Vital statistics of India. Vol. VI, European troops 1870-79
Year: 1870
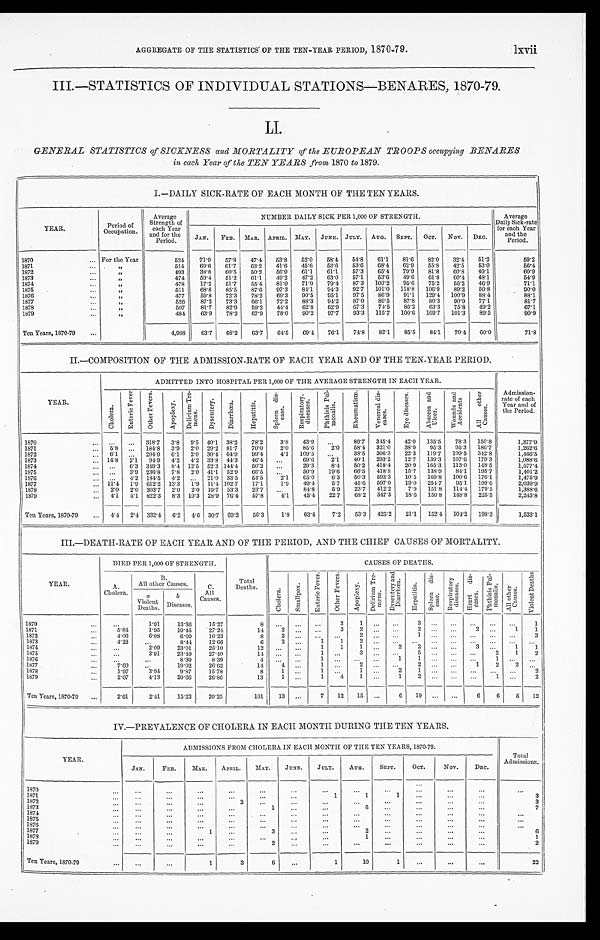
AGGREGATE OF THE STATISTICS OF THE TEN-YEAR PERIOD, 1870-79.
lxvii
III.—STATISTICS OF INDIVIDUAL STATIONS—BENARES, 1870-79.
LI.
GENERAL STATISTICS of SICKNESS and MORTALITY of the EUROPEAN TROOPS occupying BENARES
in each Year of the TEN YEARS from 1870 to 1879.
I.—DAILY SICK-RATE OF EACH MONTH OF THE TEN YEARS.
YEAR.
Period of
Occupation.
Average
Strength of
each Year a n d f o r t h e
Period.
NUMBER DAILY SICK PER 1,000 OF STRENGTH.
Average
Daily Sick-rate
f o r e a c h Y e a r
and the
Period.
JAN. FEB. MAR. APRIL. MAY.
JUNE. JULY. AUG. SEPT. OCT. NOV. DEC.
1870
... For the Year
524
71.9 57.8 47.4 53.8 52. 0
58.4 54.8 61.1 81.6 82. 0
32. 4
51.2
59.2
1871
...
„
514
69.6 61.7
63.2 41.6 45.6 53.6 53.6 68.4 62. 9
55.8 42.5
53.0
56.4
1872
. . . „
493
3 8 . 8
60.5 50.2 56. 9
61.1 61.1 57.3 65.4 79.9
81.8 60.8 49.1
60. 9
1873
...
„
474
59.4 51.2 61.1 49. 2
47.2 63. 0
57.1
53.6 49.6 61.8 60.4 48.1
54.9
1874
. . .
„
478
17.2 51.7
55.4 81.0 71.0 79. 4
87.3 103.2 95.6 75.2 56.2 46. 9
71.1
1875
. . .
„
511
68.8 85.5 87.6 97.3 84.1 94.3 92. 7
101.0 118.8 106.9
89.2 50.8
90.0
1876
...
„
477
59.8 72.3 78.2 69.3 90.5 95.1 97.5 86.9 91.1 129. 4
100.9 88.4
88.1
1877
...
„
526
87.2 73.3 66.1 72.2 88.3 94. 2
87.0 89.5 87.8 80.3 90.9 77.1
81.7
1878
...
„
507
81.7 82.9 59.2 44. 4
62. 8
62. 9
67.3 74. 5
86.2 63.3 75.8 49.2
67.1
1879
...
„
484
63.9 78.2 67.9 78.0
9 0 . 2
97.7 93.3 115.7 100.6 109.7
101.3 89.5
90.9
Ten Years, 1870-79
...
4,988
63.7 68.2 63.7 64. 5
69. 4
76.1 74. 8
82.1
85.5
84.1 70. 4
60.0
71.8
II.—COMPOSITION OF THE ADMISSION-RATE OF EACH YEAR AND OF THE TEN-YEAR PERIOD.
YEAR.
ADMITTED INTO HOSPITAL PER 1,000 OF THE AVERAGE STRENGTH IN EACH YEAR.
C h o l e r a .
E n t e r i c F e v e r
O t h e r F e v e r s .
A p o p l e x y .
D e l i r i u m T r e -
m e n s .
D y s e n t e r y .
D i a r r h œ a .
H e p a t i t i s .
S p l e e n d i s -
e a s e .
R e s p i r a t o r y .
d i s e a s e s .
P h t h i s i s P u l -
m o n a l i s .
R h e u m a t i s m . V e n e r e a l d i s -
e a s e s .
E y e d i s e a s e s . A b s c e s s a n d
U l c e r .
W o u n d s a n d
A c c i d e n t s
A l l o t h e r
C a u s e s . Admission-
rate of each
Year and of
the Period.
1870
... ... ... 318.7 3.8 9.5 40.1 38.2 78.2
3.8 43.9 ...
89. 7
345. 4
42. 0
135.5 78.3 150.8
1,377.9
1871
... 5.8
. . . 184.8 3.9 2.0 29.2 81.7 70. 0
2.0
85.6
2. 0
58.4 321.0 38.9
9 5 . 3
95.3 186.7
1,262.6
1872
... 6.1 . . . 204.9
6.1 2. 0 30.4 64. 9
99.4
4.1 109.5 . . .
38. 5
306. 3
22.3 119.7 109.5 342.8
1,466.5
1873
... 14. 8
2.1 94.9 4.2 4. 2 33.8 44. 3
46. 4
...
69.6
2.1
40.1 293.2 12.7 139.3 107.6 179.3
1,088.6
1 8 7 4
... ...
6.3 349.3 8. 4 12.5 52.3 144. 4
50.2 ...
29.3
8. 4
50. 2
418. 4
20.9 165.3 113.0 148.5
1,577.4
1875
... ...
3.9 236.8 7.8 2.0 41.1 52. 9
66.5
. . . 50.9 19.6 66.5 418.8 15.7 138.9 84.1 195.7
1,401.2
1876
. . .
. . .
4 . 2 184.5 4.2 . . . 21.0 33.5 54.5
2.1
6 5 . 0
6.3
50. 3
593.3 10.5 169.8 100.6 176.1
1,475.9
1877
... 11.4 1.9 612.2 13.3 1.9 11.4 102.7 17.1
1.9
4 9 . 4
5.7
45.6 597.0 19.0 254.7 95.1 199.6
2,039.9
1878
. . .
2. 0
2. 0 303.7 2. 0
2. 0 19.7 53.3 23.7 ...
84.8
5.9 23.7 412.2
7.9 151.8 114.4 179.5
1,388.6
1879
... 4. 1
4.1 822.3
8.3 10.3 28.9 76. 4
57.8
4.1
45.4 22.7
6 8 . 2 547.5 18.6 150.8
148.8 225.5
2,243.8
Ten Years, 1870-79
... 4. 4
2.4 332.4
6. 2
4. 6 30. 7 69.2 56.3
1.8
63.4
7.2 53.3 425.2 21.1 152.4
104.2 198.3
1,533.1
III.—DEATH-RATE OF EACH YEAR AND OF THE PERIOD, AND THE CHIEF CAUSES OF MORTALITY.
YEAR.
DIED PER 1,000 OF STRENGTH.
Total
Deaths.
CAUSES OF DEATHS.
A.
Cholera.
B .
All other Causes.
C .
All
Causes.
C h o l e r a . S m a l l p o x .
E n t e r i c F e v e r .
O t h e r F e v e r s .
A p o p l e x y .
D e l i r i u m T r e -
m e n s . D y s e n t e r y a n d
D i a r r h œ a .
H e p a t i t i s .
S p l e e n d i s -
e a s e .
R e s p i r a t o r y
d i s e a s e s .
H e a r t d i s -
e a s e s .
P h t h i s i s P u l -
m o n a l i s .
A l l o t h e r
C a u s e s .
V i o l e n t D e a t h s
a
Violent
Deaths.
b
Diseases.
1 8 7 0
...
. . .
1.91
13.36
15.27
8
. . . . . . . . .
3
1 ... ... 3
. . .
. . .
. . .
. . .
. . .
1
1871
. . .
5.84
1.95
19.45
27.24
1 4
3 . . . . . .
3
2 . . .
. . .
2 ... . . .
2
. . .
1
1
1 8 7 2
...
4. 06
6 . 0 8
6.09
16.23
8
2 . . . . . .
. . .
2 . . .
. . .
1 . . .
. . .
. . .
. . .
. . .
3
1 8 7 3
...
4.22
...
8 . 4 4
12.66
6
2. . . 1
1
2
. . .
. . .
. . . . . .
. . .
. . .
. . .
. . .
...
1 8 7 4
... . . .
2.09
23.01
25.10 1 2
. . . . . .
1
1
1 . . .
2
2 . . .
. . .
3
. . .
1
1
1875
. . .
...
3.91
23.49
27.40 1 4
. . . . . .
1 ...
3 . . .
. . .
5 . . .
. . .
. . .
2
1
2
1876
... . . .
. . .
8.39
8.39
4
. . . . . .
1 . . . . . .
. . .
1
1 . . .
. . .
. . .
1
. . .
. . .
1 8 7 7
...
7.60
...
19.02
26.62
14
4. . .
1 ...
2 . . .
...
2 . . .
. . .
1
2
2 . . .
1878
. . .
1.97
3.94
9.87
15.78
8
1 ...
1 ...
1 ... 2
1 . . .
. . .
. . . . . .
. . .
2
1 8 7 9
...
2.07
4.13
20.66
26.86
13
1. . .
1
4
1 ... 1
2 . . .
. . .
. . . 1
. . .
2
Ten Years, 1870-79 ...
2.61
2.41
15.23
20.25
101
13 ...
7 12 15 ...
6 19 ... ...
6
6
5 12
IV.—PREVALENCE OF CHOLERA IN EACH MONTH DURING THE TEN YEARS.
YEAR.
ADMISSIONS FROM CHOLERA IN EACH MONTH OF THE TEN YEARS, 1870-79.
Total
Admissions.
JAN.
FEB.
MAR.
APRIL.
MAY.
JUNE.
JULY.
AUG.
SEPT.
OCT.
NOV.
DEC.
1870
...
...
...
...
. . .
...
. . .
...
...
...
. . . . . .
. . .
. . .
1871
. . .
...
...
...
...
... . . .
1
1 1
. . .
...
. . .
3
1872
... . . .
... . . .
3
... . . .
...
...
. . .
. . . . . .
. . .
3
1873
...
... . . .
. . .
. . .
1
...
...
6
. . .
. . .
...
. . .
7
1874
. . .
... . . .
...
. . . . . .
... . . .
...
. . .
. . . . . .
. . .
. . .
1875
...
...
...
...
. . .
. . .
. . .
. . .
. . .
. . .
. . .
. . .
. . .
. . .
1876
...
... . . .
. . .
. . .
... . . .
. . .
... . . .
. . .
... . . .
. . .
1877
. . .
... . . .
1
... 3
. . .
...
2
. . .
...
. . .
...
6
1878
...
...
...
...
. . .
... . . .
. . .
1 . . .
...
. . .
. . .
1
1879
. . .
... . . .
...
. . .
2
. . .
...
...
...
. . .
...
...
2
Ten Years, 1870-79
...
...
...
1
3 6
...
1
10
1
...
...
...
22